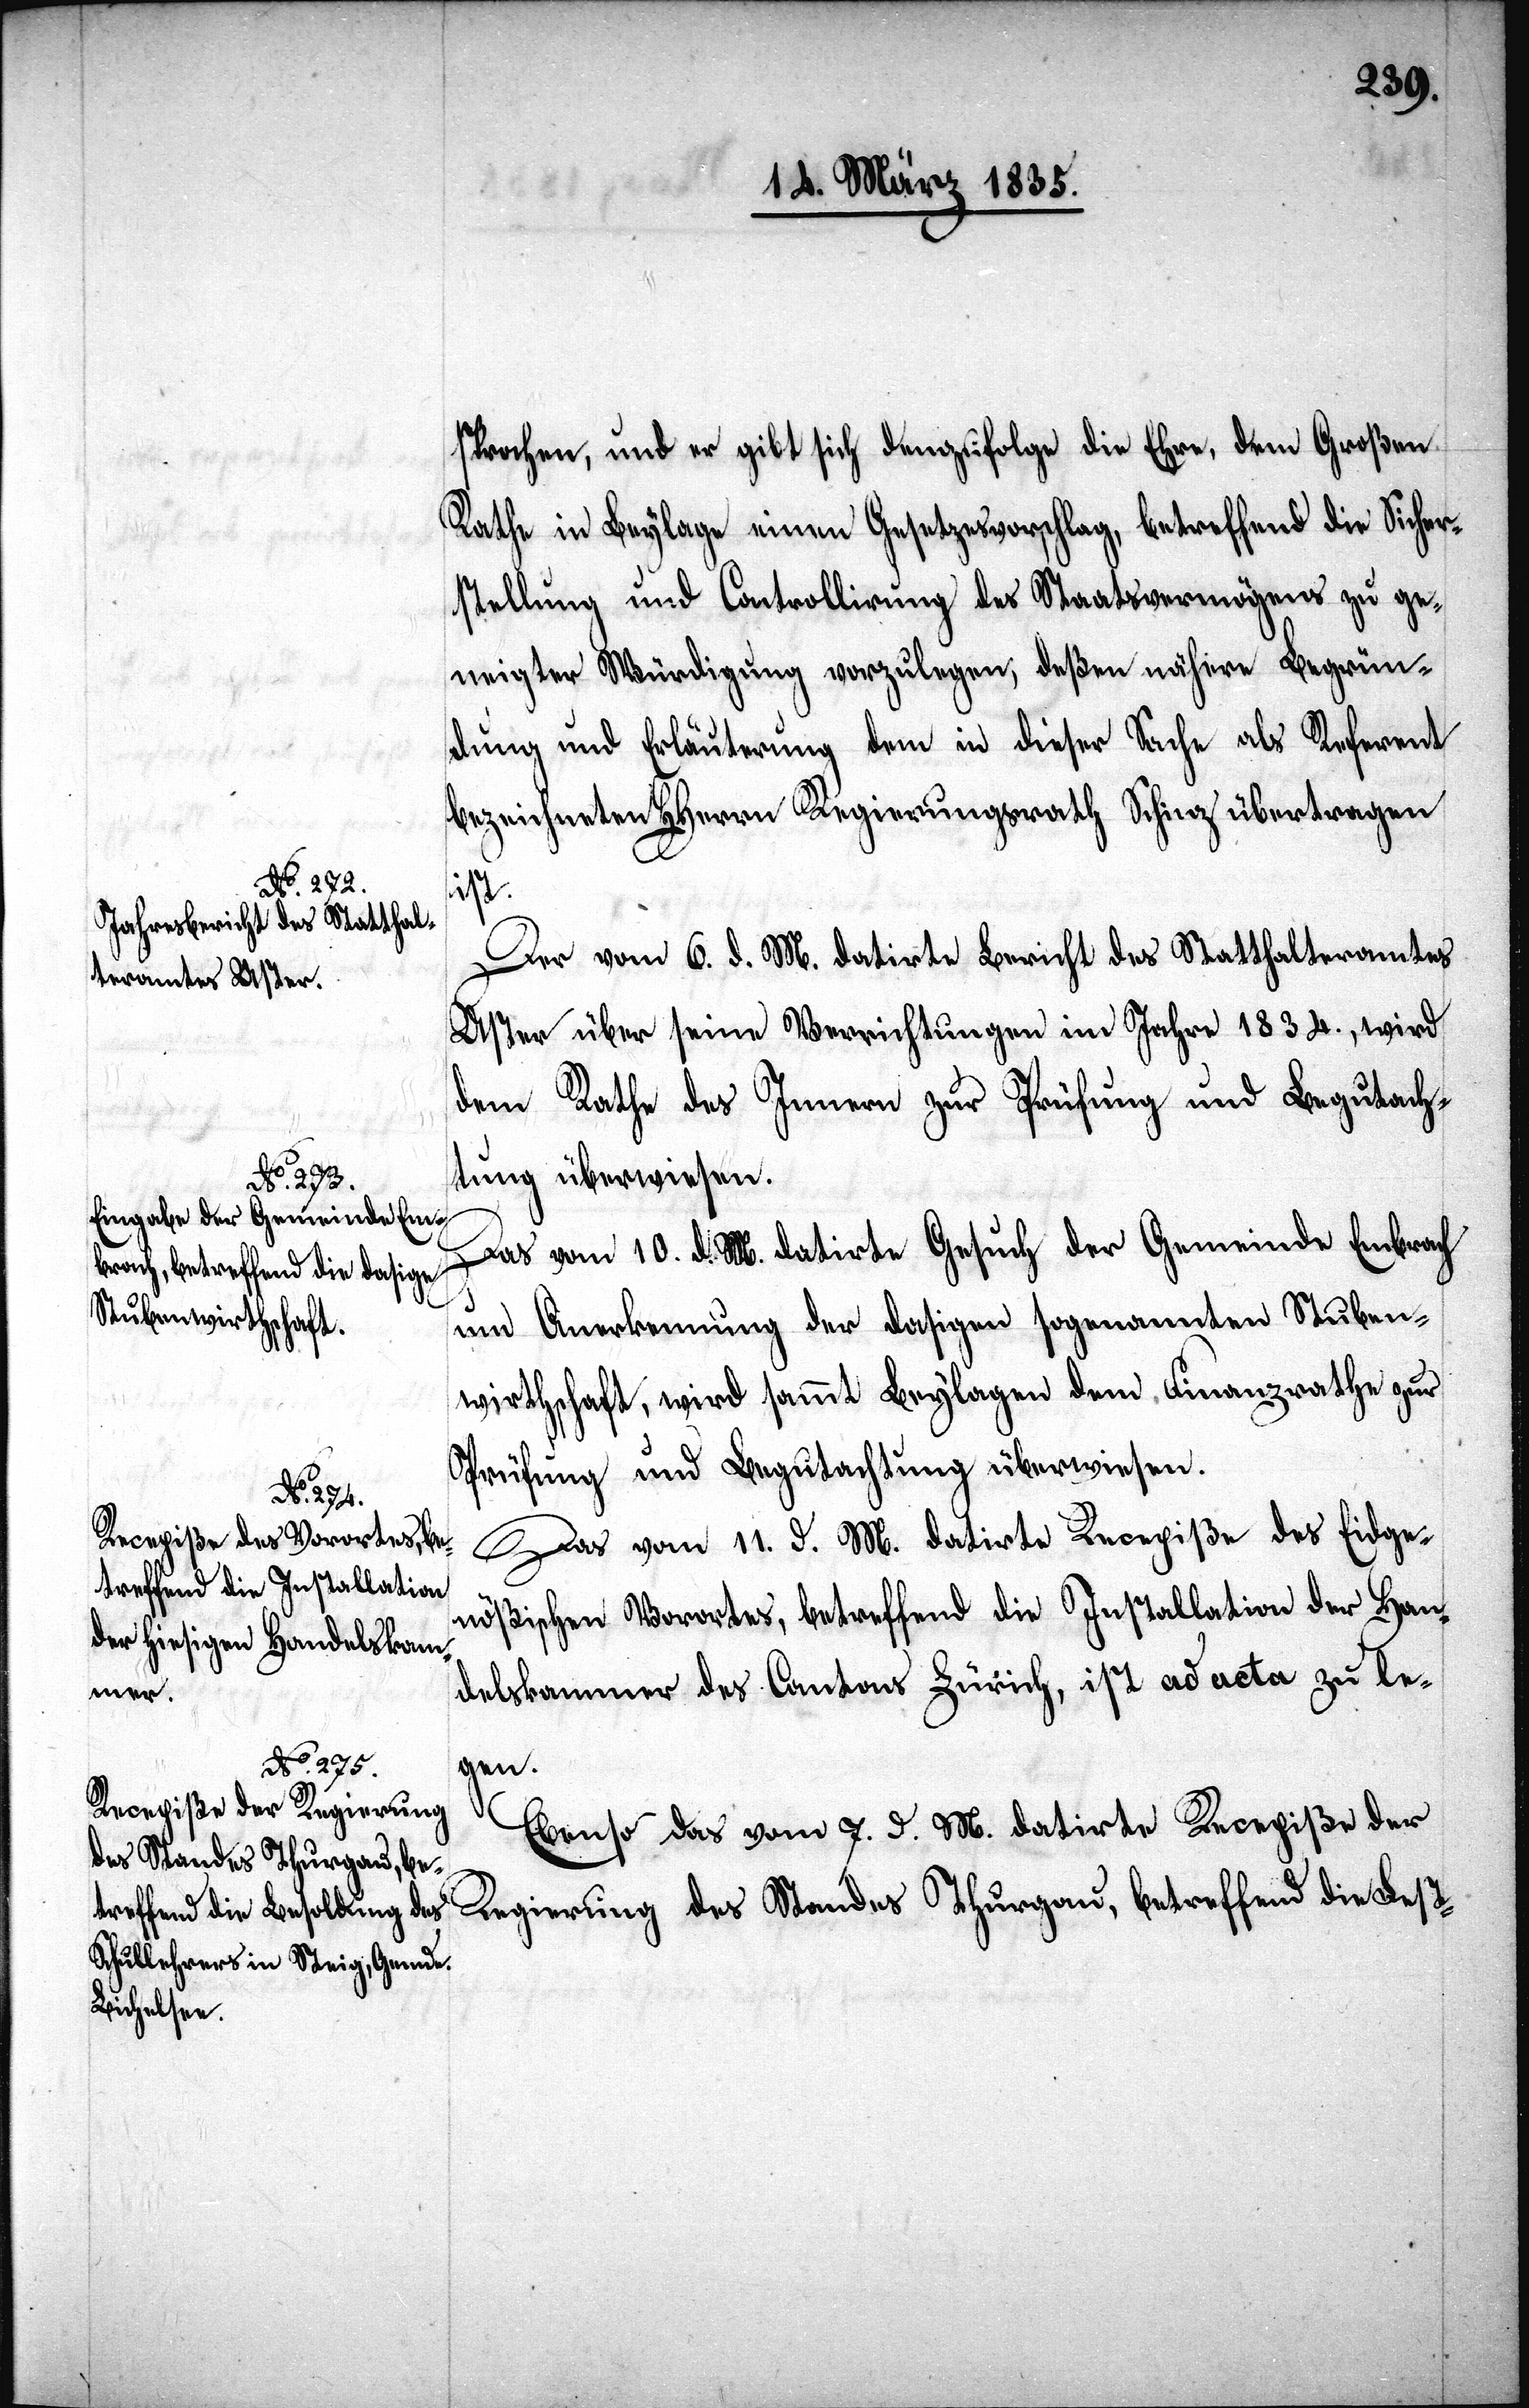
[Fortset¬

sprochen, und er gibt sich demzufolge die Ehre, dem Großen
Rathe in Beylage einen Gesetzesvorschlag, betreffend die Sicher¬
stellung und Controllirung des Staatsvermögens zu ge¬
neigter Würdigung vorzulegen, deßen nähere Begrün¬
dung und Erläuterung dem in dieser Sache als Referent
bezeichneten HHerrn Regierungsrath Schinz übertragen
ist.
Der vom 6. d. M. datirte Bericht des Statthalteramtes
Uster über seine Verrichtungen im Jahre 1834., wird
dem Rathe des Innern zur Prüfung und Begutach¬
tung überwiesen.
Das vom 10. d. M. datirte Gesuch der Gemeinde Embrach
um Anerkennung der dasigen sogenannten Stuben¬
wirthschaft, wird sammt Beylagen dem Finanzrathe zur
Prüfung und Begutachtung überwiesen.
Das vom 11. d. M. datirte Recepiße des Eidge¬
nößischen Vorortes, betreffend die Installation der Han¬
delskammer des Cantons Zürich, ist ad acta zu le¬
zung
Ebenso das vom 7. d. M. datirte Recepiße der
Regierung des Standes Thurgau, betreffend die Fest-